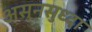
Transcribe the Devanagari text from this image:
असुनसुध्दा